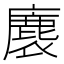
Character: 𮭴